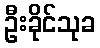
ဦးခိုင်သုခ